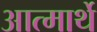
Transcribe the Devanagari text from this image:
आत्मार्थे